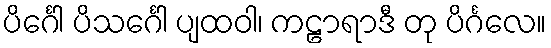
ပိင်္ဂေါ ပိသင်္ဂေါ ပျထဝါ၊ ကဠာရာဒီ တု ပိင်္ဂလေ။